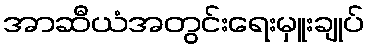
အာဆီယံအတွင်းရေးမှူးချုပ်